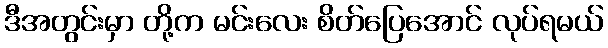
ဒီအတွင်းမှာ တို့က မင်းလေး စိတ်ပြေအောင် လုပ်ရမယ်